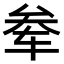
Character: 𫐊